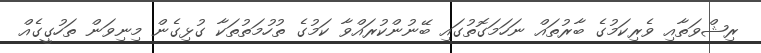
ރިޝްވަތާއި ވެރިކަމުގެ ބާރުތައް ނަހަމަގޮތުގައި ބޭނުންކުރައްވާ ކަމުގެ ތުހުމަތުތަކާ ގުޅިގެން މިނިވަން ތަހުގީގެއް